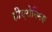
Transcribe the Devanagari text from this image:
हीएरोनिमस